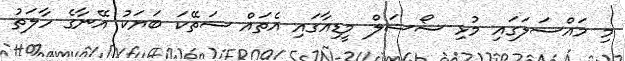
މި މައްސަލަގައި މުޅި ސޯޝަލް މީޑިއާގައި އެތައް ސަތޭކަ ބަޔަކު އޭނާގެ ހާލަތު